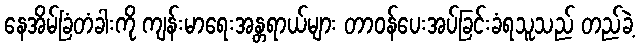
နေအိမ်ခြံတံခါးကို ကျန်းမာရေးအန္တရာယ်များ တာဝန်ပေးအပ်ခြင်းခံရသူသည် တည်ခဲ့